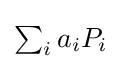
{\textstyle \sum _{i}a_{i}P_{i}}